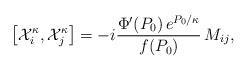
LaTeX: \begin{align*} \left[{\cal X}^{\kappa}_i, {\cal X}^{\kappa}_j\right] = -i \frac{\Phi'(P_0)\, e^{P_0/\kappa}}{ f(P_0)} \, M_{ij},\end{align*}